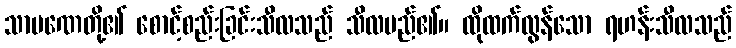
သာမဏေတို့၏ စောင့်စည်းခြင်းသီလသည် သီလမည်၏။ ထိုထက်လွန်သော ရဟန်းသီလသည်